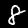
Digit: 8